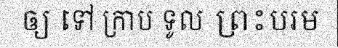
ឲ្យ ទៅ ក្រាប ទូល ព្រះបរម